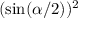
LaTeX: ( \sin ( \alpha / 2 ) ) ^ { 2 }